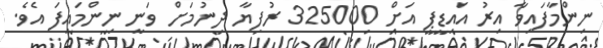
ނިންމާފައިވާ އިރު އައިޑީޕީ އަށް 325000 ރުފިޔާ ދިނުމަށް ވަނީ ނިންމައިފަ އެވެ.